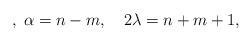
LaTeX: \begin{align*},\;\alpha =n-m,\quad 2\lambda =n+m+1, \end{align*}